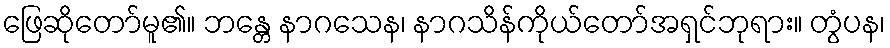
ဖြေဆိုတော်မူ၏။ ဘန္တေ နာဂသေန၊ နာဂသိန်ကိုယ်တော်အရှင်ဘုရား။ တွံပန၊